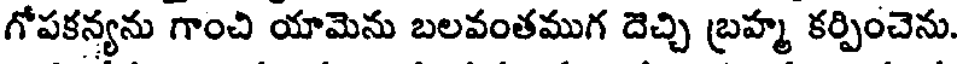
గోపకన్యను గాంచి యామెను బలవంతముగ దెచ్చి బ్రహ్మ కర్పించెను.